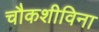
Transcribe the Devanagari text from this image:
चौकशीविना